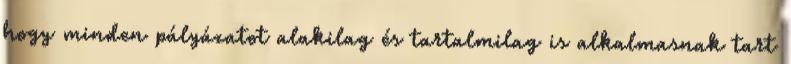
hogy minden pályázatot alakilag és tartalmilag is alkalmasnak tart